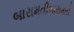
બારામતીબારામતી